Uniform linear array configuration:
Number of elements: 48
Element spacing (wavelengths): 1
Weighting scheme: uniform
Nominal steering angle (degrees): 60
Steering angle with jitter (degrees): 61.764
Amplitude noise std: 0.05
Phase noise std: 0.05

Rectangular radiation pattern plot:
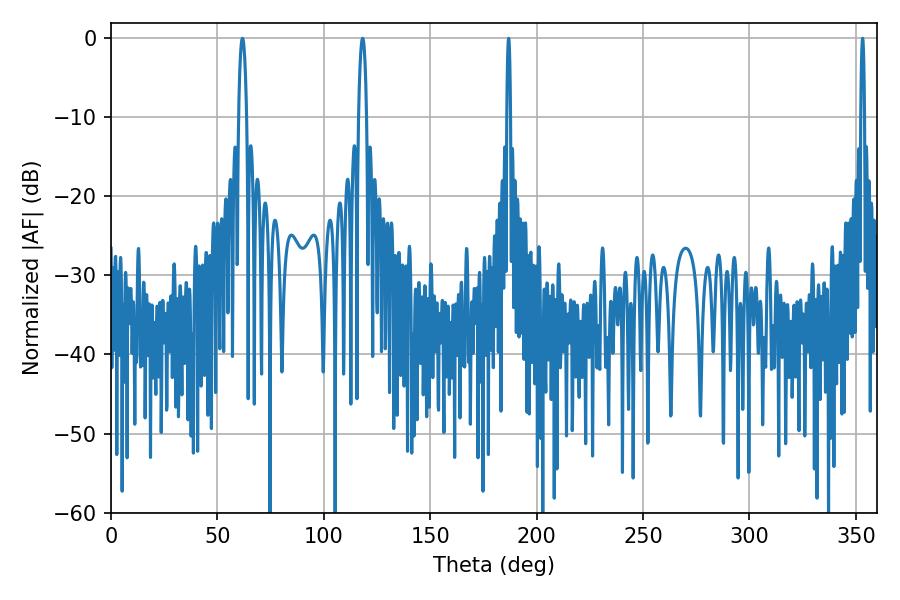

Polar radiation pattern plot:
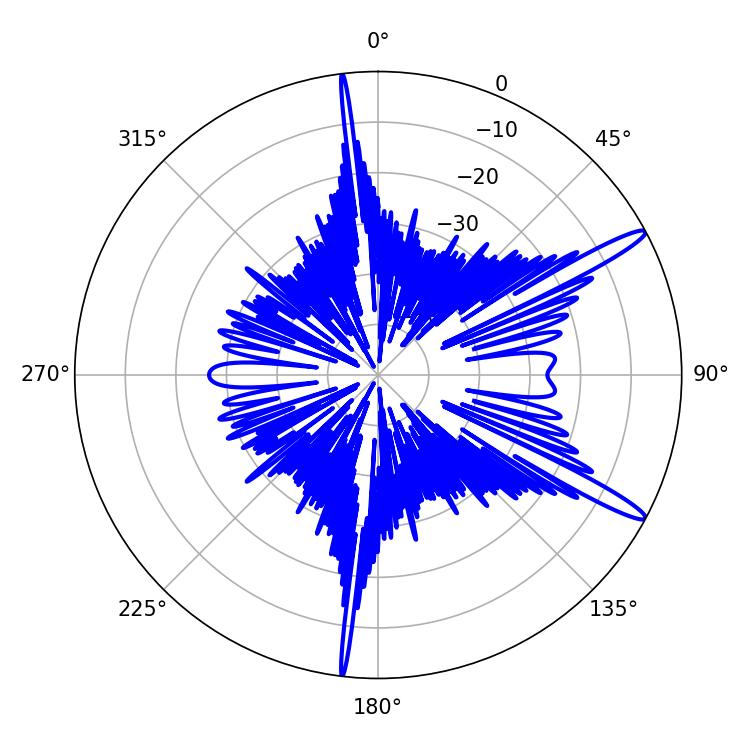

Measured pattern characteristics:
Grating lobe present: TRUE
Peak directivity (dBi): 14.436
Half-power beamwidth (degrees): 0.9
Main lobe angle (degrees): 353.16